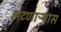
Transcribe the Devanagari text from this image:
झटणाऱ्यास